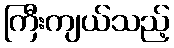
ကြီးကျယ်သည့်